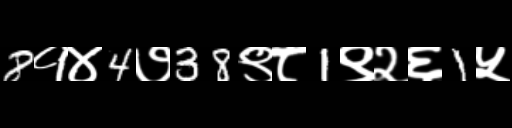
Text: 8१४4७38९८1९२६1५